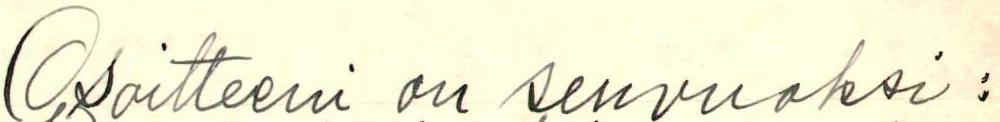
Osoitteeni on senvuoksi: